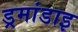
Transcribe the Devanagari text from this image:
ड्रमांडाइ